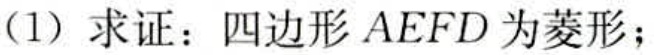
(1) 求证：四边形 \(AEFD\) 为菱形；